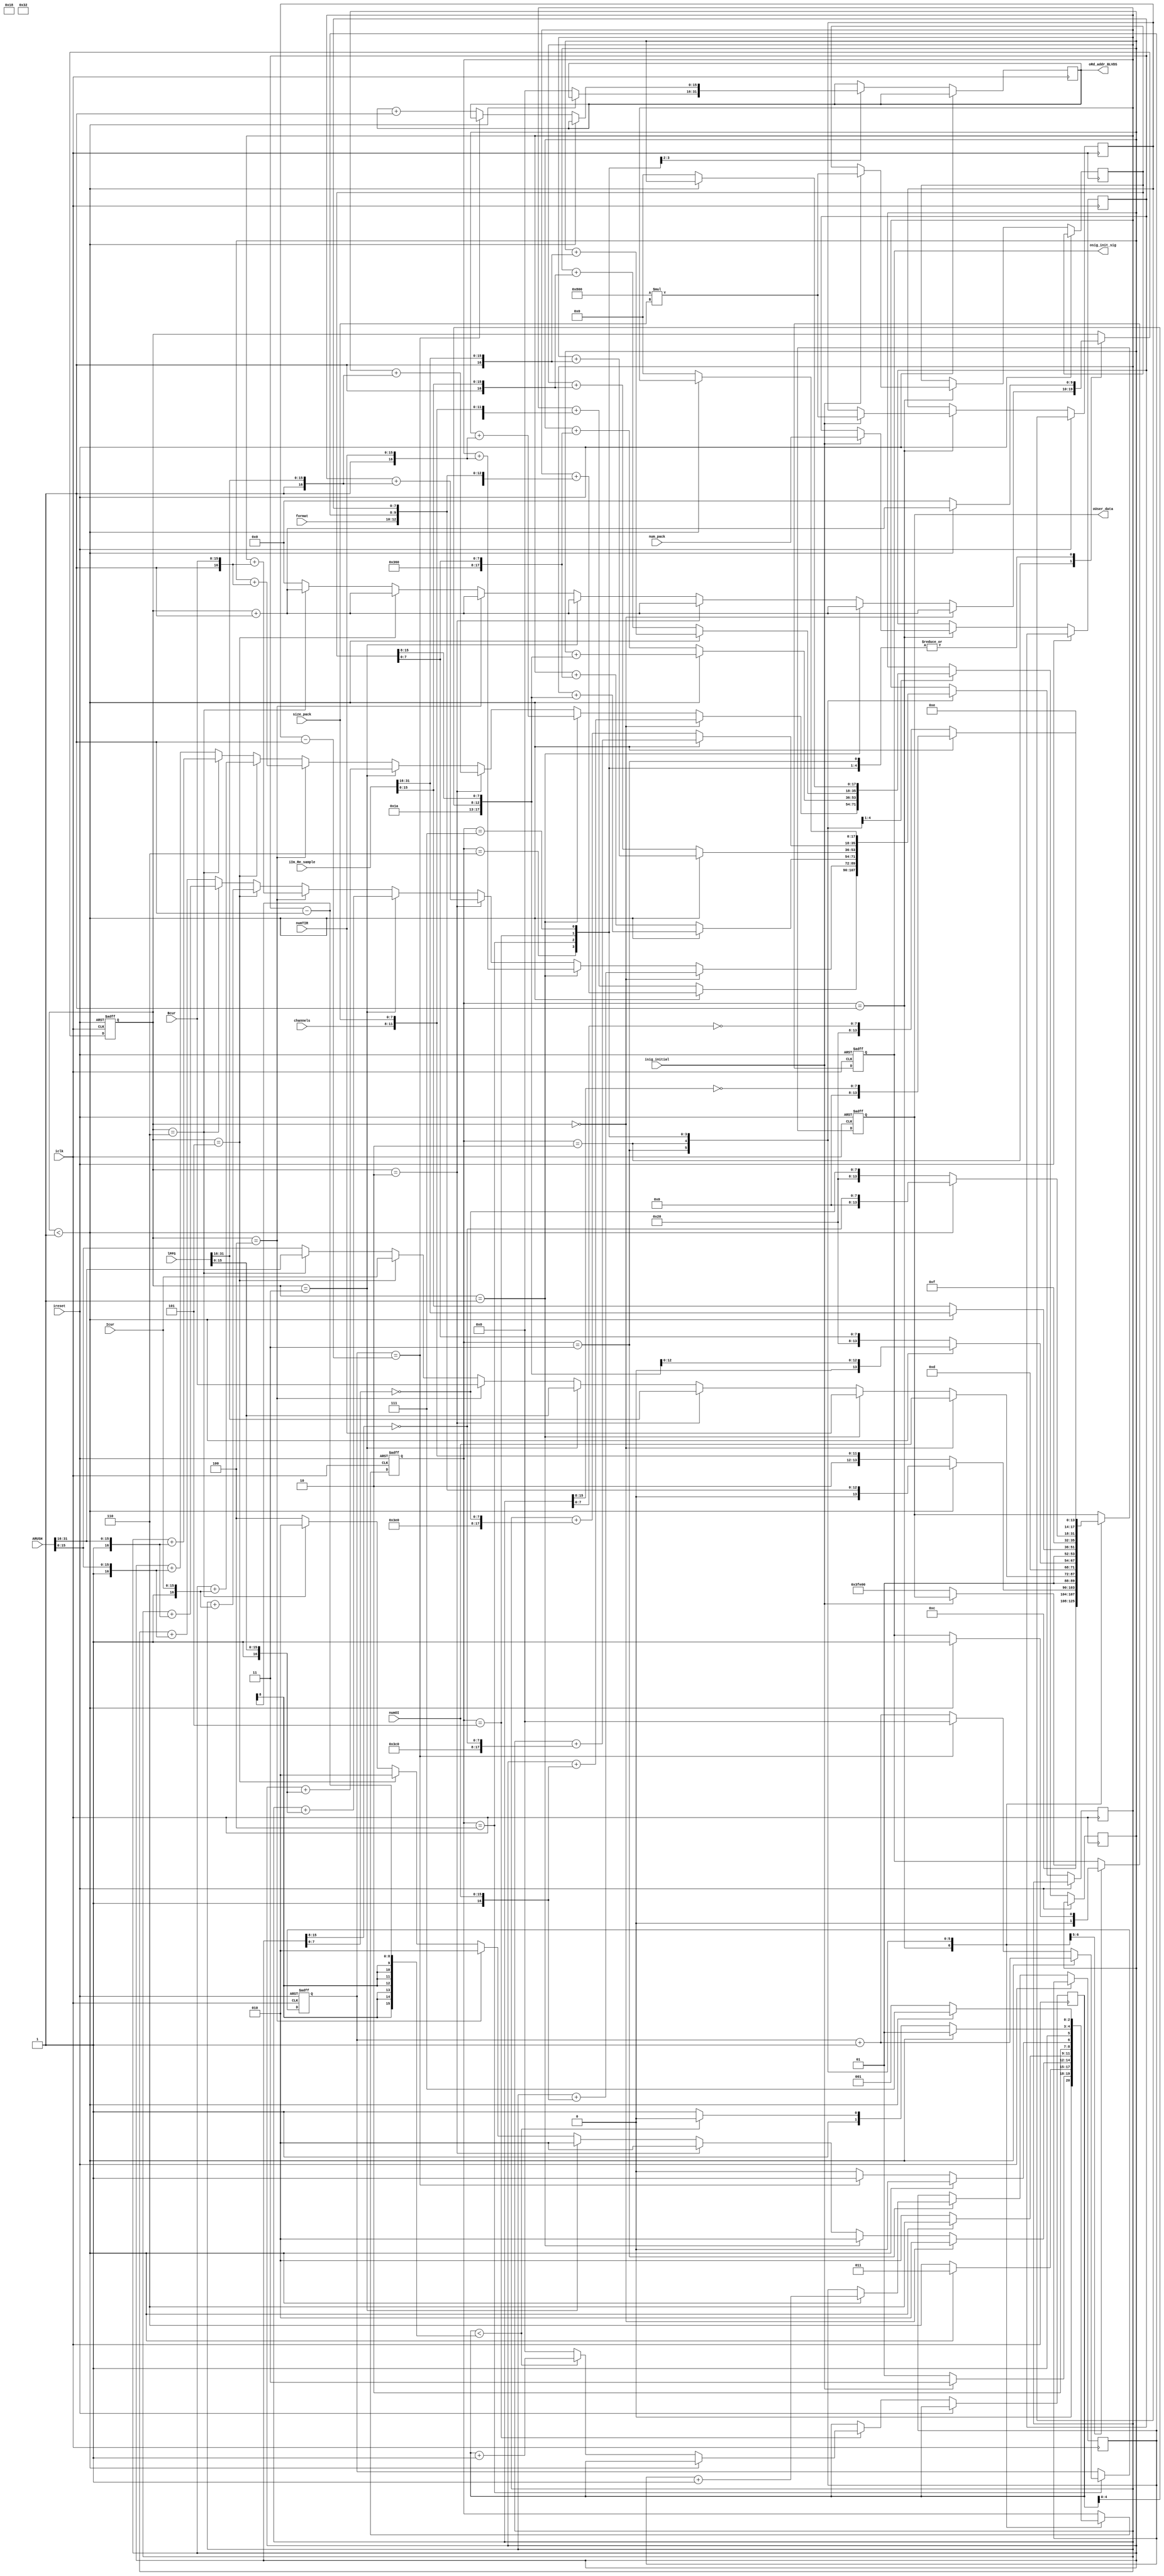
//==================================================================================================
//  Revision      : 
//  Company       : AO Kotlin-Novator
//
//  Description   : 
//
//
//==================================================================================================
module user_bcvs(

input             iclk,           //  
input             ireset,         //  
input             isig_initial,   //   
input      [31:0] iIm_Re_sample,  //  
// DEBUG
input      [2:0]  format,         // 
// input      [1:0]  pack_cnt,       //  
input      [3:0]  channels,       // 

input      [7:0]  num_pack,       //    
input      [15:0] numOI,
input      [15:0] numTIR,
input      [31:0] lPPS,
input      [31:0] ARUSH,
input      [15:0] Bcur,
input      [15:0] Icur,
input      [7:0]  size_pack,     //  ,  = 2048

output reg        osig_init_sig,
output reg [15:0] oRd_addr_BLVDS,
output reg [17:0] oUser_data      //   18 
);
//
reg        [2:0]  state;          //   
reg        [9:0]  part_cnt;       //     
reg        [15:0] pack_cnt;
// reg        [31:0] rRe_sample;     //    Re  
reg        [15:0] sample_cnt;
reg        [17:0] rpack_crc;
reg        [17:0] rframe_crc;
reg        [1:0]  rframe_cnt;
reg               rflag_sel;
//reg               rflag_sev;
reg        [15:0] num_sample;     //    
reg        [15:0] rnum_sample;
//reg        [5:0]  rdelay_frame;
reg        [7:0]  rnum_pack;

// reg               ren_frame_crc;
// HEADER 
localparam frame_head_1       = 3'b000,   //       
           frame_head_2       = 3'b001,   //       3'b001
           pack_head_1        = 3'b010,   //       
           pack_head_2        = 3'b011;   //       
// EPILOG     
localparam frame_epilog_1     = 3'b100,   //        
           frame_epilog_2     = 3'b101,   //       3'b101 
           pack_epilog_1      = 3'b110,   //       
           pack_epilog_2      = 3'b111;   //       
//    
localparam init_send          = 3'b001,   //  
           frame_head         = 3'b011,   //     (000  001)
           sev_send           = 3'b010,
           pack_head          = 3'b110,   //     (010  011) 
           data_send          = 3'b100,   //   
           pack_epilog        = 3'b101,   //     (110  111)
           frame_epilog       = 3'b111;   //     (100  101)
           // reserve            = 2'b00;
//  
initial begin
    state            <= init_send; //   ()
    oUser_data       <= 18'h3FE00; //      sync
    part_cnt         <= 0; 
    // rRe_sample    = 0;
    osig_init_sig    <= 0;
    rflag_sel        <= 0;
    sample_cnt       <= 0;
    rpack_crc        <= 0;
    rframe_crc       <= 0;
//    rflag_sev        <= 1; 
end
always @(posedge iclk or posedge ireset) begin
    if (ireset) begin
    // reset
        state         <= init_send;
        oUser_data    <= 18'h3FE00; //      sync
        rflag_sel     <= 0;
        part_cnt      <= 0;
        osig_init_sig <= 0;
        sample_cnt    <= 0;
    end
    else begin
        case (state)
            init_send:begin
                osig_init_sig <= 0;
                rflag_sel     <= 0;
                if (isig_initial) begin
                    rnum_pack    <= num_pack;
//                    rdelay_frame <= 0;
                    state        <= frame_head;
                    num_sample   <= 16'd2048*size_pack; // 2048*size_pack
                    rnum_sample  <= (16'd2048*size_pack); //rnum_sample <= (2*size_pack) + 16'd8; //    (/)
                end
                else begin
                    state      <= init_send;
                    oUser_data <= 18'h3FE00;
                end
            end
            frame_head:begin
                if (part_cnt < 1) begin
                    oUser_data    <= {2'b11,frame_head_1,format,rframe_cnt,rnum_pack}; //     000
                    rframe_crc    <= rframe_crc + {2'b11,frame_head_1,format,rframe_cnt,rnum_pack};
                    part_cnt      <= part_cnt + 10'b1;
                    rframe_cnt    <= rframe_cnt + 2'd1;
                    state         <= frame_head;
                    osig_init_sig <= 1; 
                end
                else begin
                    oUser_data <= {2'b11,frame_head_2,1'b0,channels,size_pack}; //     001
                    rframe_crc <= rframe_crc + {2'b11,frame_head_2,1'b0,channels,size_pack};
                    part_cnt   <= 0;
                    state      <= pack_head;
//                    rflag_sev  <= 1; 
                end
            end
            sev_send:begin
                if (part_cnt == 0) begin
                    oUser_data    <= {2'b01,numOI}; //     000
                    rframe_crc    <= rframe_crc + {2'b01,numOI};
                    rpack_crc     <= rpack_crc + {2'b01,numOI};
                    part_cnt      <= part_cnt + 10'b1;
                    state         <= sev_send; 
                end
                else if (part_cnt == 1) begin
                    oUser_data    <= {2'b01,numTIR}; //     000
                    rframe_crc    <= rframe_crc + {2'b01,numTIR};
                    rpack_crc     <= rpack_crc + {2'b01,numTIR};
                    part_cnt      <= part_cnt + 10'b1;
                    state         <= sev_send; 
                end
                else if (part_cnt == 2) begin
                    oUser_data    <= {2'b01,lPPS[31:16]}; //     000
                    rframe_crc    <= rframe_crc + {2'b01,lPPS[31:16]};
                    rpack_crc     <= rpack_crc + {2'b01,lPPS[31:16]};
                    part_cnt      <= part_cnt + 10'b1;
                    state         <= sev_send; 
                end
                else if (part_cnt == 3) begin
                    oUser_data    <= {2'b01,lPPS[15:0]}; //     000
                    rframe_crc    <= rframe_crc + {2'b01,lPPS[15:0]};
                    rpack_crc     <= rpack_crc + {2'b01,lPPS[15:0]};
                    part_cnt      <= part_cnt + 10'b1;
                    state         <= sev_send; 
                end
                else if (part_cnt == 4) begin
                    oUser_data    <= {2'b01,Bcur}; //     000
                    rframe_crc    <= rframe_crc + {2'b01,Bcur};
                    rpack_crc     <= rpack_crc + {2'b01,Bcur};
                    part_cnt      <= part_cnt + 10'b1;
                    state         <= sev_send; 
                end
                else if (part_cnt == 5) begin
                    oUser_data    <= {2'b01,Icur}; //     000
                    rframe_crc    <= rframe_crc + {2'b01,Icur};
                    rpack_crc     <= rpack_crc + {2'b01,Icur};
                    part_cnt      <= part_cnt + 10'b1;
                    state         <= sev_send; 
                end
                else if (part_cnt == 6) begin
                    oUser_data    <= {2'b01,ARUSH[31:16]}; //     000
                    rframe_crc    <= rframe_crc + {2'b01,ARUSH[31:16]};
                    rpack_crc     <= rpack_crc + {2'b01,ARUSH[31:16]};
                    part_cnt      <= part_cnt + 10'b1;
                    state         <= sev_send; 
                end
                else begin
                    oUser_data <= {2'b01,ARUSH[15:0]}; //     001
                    rframe_crc <= rframe_crc + {2'b01,ARUSH[15:0]};
                    rpack_crc  <= rpack_crc + {2'b01,ARUSH[15:0]};
                    part_cnt   <= 0;
                    state      <= data_send;
                    rflag_sel  <= rflag_sel + 1'b1;
//                    rflag_sev  <= 0; //        
                end
            end
            pack_head:begin
                if (part_cnt < 1) begin
                    part_cnt   <= part_cnt + 10'b1;
                    state      <= pack_head;
                    oUser_data <= {2'b11,pack_head_1,pack_cnt[4:0],rnum_sample[15:8]}; //     010
                    rframe_crc <= rframe_crc + {2'b11,pack_head_1,pack_cnt[4:0],rnum_sample[15:8]};
                    rpack_crc  <= rpack_crc + {2'b11,pack_head_1,pack_cnt[4:0],rnum_sample[15:8]};
                end
                else begin
                    oUser_data     <= {2'b11,pack_head_2,3'b000,2'b00,rnum_sample[7:0]}; //     011
                    rframe_crc     <= rframe_crc + {2'b11,pack_head_2,3'b000,2'b00,rnum_sample[7:0]};
                    rpack_crc      <= rpack_crc + {2'b11,pack_head_2,3'b000,2'b00,rnum_sample[7:0]};
                    part_cnt       <= 0;          
                    state          <= sev_send;
                    oRd_addr_BLVDS <= 0; // !!!!!!!!READ_RAM!!!!!!!!! 
                end
            end
            data_send:begin
                //   (32  )
                if (part_cnt < 1) begin
                    oUser_data <= {2'b01,iIm_Re_sample[31:16]}; // Re/Im     
                    rframe_crc <= rframe_crc + {2'b01,iIm_Re_sample[31:16]};
                    rpack_crc  <= rpack_crc + {2'b01,iIm_Re_sample[31:16]};
                    part_cnt   <= part_cnt + 10'b1;
                    sample_cnt <= sample_cnt + 16'd1;
                    state      <= data_send;    
                end
                else begin
                    if (sample_cnt == (num_sample - 16'd1)) begin
                        oUser_data <= {2'b01,iIm_Re_sample[15:0]}; // Re/Im     
                        rframe_crc <= rframe_crc + {2'b01,iIm_Re_sample[15:0]};
                        rpack_crc  <= rpack_crc + {2'b01,iIm_Re_sample[15:0]};
                        part_cnt   <= 0;
                        sample_cnt <= 0;
                        state      <= pack_epilog;
                    end
                    else begin
                        oUser_data     <= {2'b01,iIm_Re_sample[15:0]}; // Re/Im     
                        rframe_crc     <= rframe_crc + {2'b01,iIm_Re_sample[15:0]};
                        rpack_crc      <= rpack_crc + {2'b01,iIm_Re_sample[15:0]};
                        part_cnt       <= 0;
                        state          <= data_send;
                        sample_cnt     <= sample_cnt + 16'd1;
                        oRd_addr_BLVDS <= oRd_addr_BLVDS + 16'd1; // !!!!!!!!READ_RAM!!!!!!!!!
                    end
                end
            end
            pack_epilog:begin
                if (part_cnt < 1) begin
                    oUser_data <= {2'b11,pack_epilog_1,5'b00000,~(rpack_crc[15:8])}; //     110
                    rframe_crc <= rframe_crc + {2'b11,pack_epilog_1,5'b00000,~(rpack_crc[15:8])};
                    part_cnt   <= part_cnt + 10'b1;
                    state      <= pack_epilog; 
                end
                else begin
                    rpack_crc  <= 0;
                    if (pack_cnt < rnum_pack - 8'd1) begin // rnum_pack
                        oUser_data <= {2'b11,pack_epilog_2,5'b00000,~(rpack_crc[7:0])}; //     111
                        rframe_crc <= rframe_crc + {2'b11,pack_epilog_2,5'b00000,~(rpack_crc[7:0])};
                        part_cnt   <= 0;
                        pack_cnt   <= pack_cnt + 16'd1;
                        state      <= pack_head;
                    end
                    else begin
                        oUser_data <= {2'b11,pack_epilog_2,5'b00000,~(rpack_crc[7:0])}; //     111
                        rframe_crc <= rframe_crc + {2'b11,pack_epilog_2,5'b00000,~(rpack_crc[7:0])};
                        part_cnt   <= 0;
                        pack_cnt   <= 0;
                        state      <= frame_epilog;
                    end
                end
            end
            frame_epilog:begin
                if (part_cnt < 1) begin
                    oUser_data <= {2'b11,frame_epilog_1,5'b00000,~(rframe_crc[15:8])}; //     100
                    part_cnt   <= part_cnt + 10'b1;
                    state      <= frame_epilog; 
                end
                else begin
                    oUser_data <= {2'b11,frame_epilog_2,5'b00000,~(rframe_crc[7:0])}; //     101
                    part_cnt   <= 0;
                    state      <= init_send;
                    rframe_crc <= 0;
                end
            end
        endcase
    end
end
endmodule